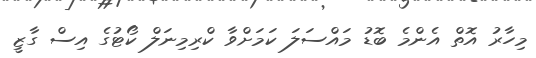
މިހާރު އޮތް އެންމެ ބޮޑު މައްސަލަ ކަމަށްވާ ކްރިމިނަލް ކޯޓުގެ އިސް ގާޒީ